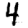
Digit: 4